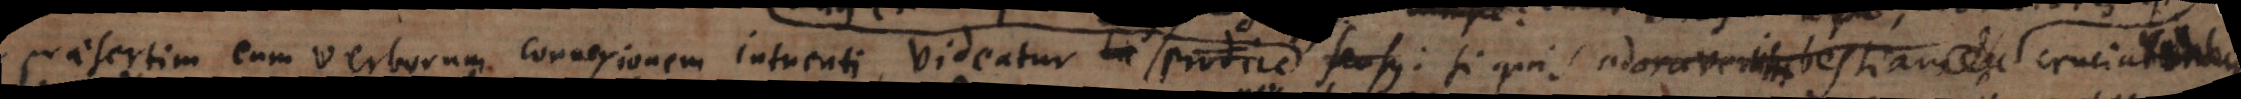
aesertim cum verborum connexionem intuenti, videatur hic prodire sensu : si quis adoraverit bestiam cruciabitur